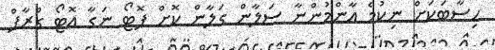
ހިސާބަކަށް ނިކުމެ އާންމުންނާ ސަލާން ގަލާން ކޮށް ފޮޓޯ ނަގާ އޮޓޯ ގްރާފް